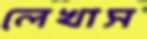
লেখাস